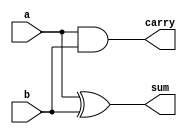
module half_adder(input a,b, output sum,carry);
	assign sum = a^b;
	assign carry = a&b;
endmodule
module FA_HA(input a,b,cin, output sout,cout);
	wire s1,c1,c2;
half_adder ha1(a,b,s1,c1);
half_adder ha2(s1,cin,sout,c2);
	assign cout = c1|c2;
endmodule